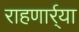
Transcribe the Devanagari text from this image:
राहणार्र्या